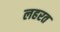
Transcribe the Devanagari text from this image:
लहरत